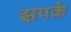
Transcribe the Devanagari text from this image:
झपकें